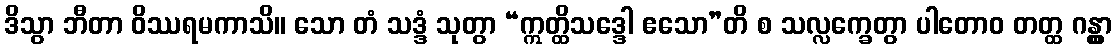
ဒိသွာ ဘီတာ ဝိဿရမကာသိ။ သော တံ သဒ္ဒံ သုတွာ “ဣတ္ထိသဒ္ဒေါ ဧသော”တိ စ သလ္လက္ခေတွာ ပါတောဝ တတ္ထ ဂန္တွာ